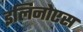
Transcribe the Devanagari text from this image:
इलिनोएस